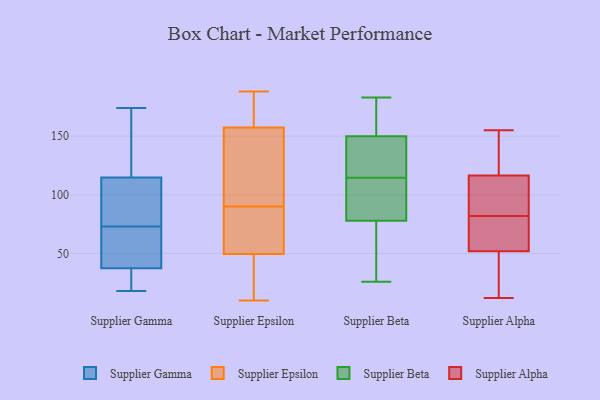
{"axis": {"x": "Shipments", "y": "Value"}, "legend": ["Supplier Alpha", "Supplier Beta", "Supplier Epsilon", "Supplier Gamma"], "data": [{"x": "", "y": 19, "type": "Supplier Gamma"}, {"x": "", "y": 172, "type": "Supplier Gamma"}, {"x": "", "y": 73, "type": "Supplier Gamma"}, {"x": "", "y": 51, "type": "Supplier Gamma"}, {"x": "", "y": 171, "type": "Supplier Gamma"}, {"x": "", "y": 104, "type": "Supplier Gamma"}, {"x": "", "y": 174, "type": "Supplier Gamma"}, {"x": "", "y": 60, "type": "Supplier Gamma"}, {"x": "", "y": 95, "type": "Supplier Gamma"}, {"x": "", "y": 31, "type": "Supplier Gamma"}, {"x": "", "y": 114, "type": "Supplier Gamma"}, {"x": "", "y": 81, "type": "Supplier Gamma"}, {"x": "", "y": 45, "type": "Supplier Gamma"}, {"x": "", "y": 115, "type": "Supplier Gamma"}, {"x": "", "y": 18, "type": "Supplier Gamma"}, {"x": "", "y": 132, "type": "Supplier Gamma"}, {"x": "", "y": 32, "type": "Supplier Gamma"}, {"x": "", "y": 67, "type": "Supplier Gamma"}, {"x": "", "y": 35, "type": "Supplier Gamma"}, {"x": "", "y": 164, "type": "Supplier Epsilon"}, {"x": "", "y": 55, "type": "Supplier Epsilon"}, {"x": "", "y": 172, "type": "Supplier Epsilon"}, {"x": "", "y": 57, "type": "Supplier Epsilon"}, {"x": "", "y": 177, "type": "Supplier Epsilon"}, {"x": "", "y": 38, "type": "Supplier Epsilon"}, {"x": "", "y": 188, "type": "Supplier Epsilon"}, {"x": "", "y": 44, "type": "Supplier Epsilon"}, {"x": "", "y": 146, "type": "Supplier Epsilon"}, {"x": "", "y": 91, "type": "Supplier Epsilon"}, {"x": "", "y": 87, "type": "Supplier Epsilon"}, {"x": "", "y": 35, "type": "Supplier Epsilon"}, {"x": "", "y": 10, "type": "Supplier Epsilon"}, {"x": "", "y": 70, "type": "Supplier Epsilon"}, {"x": "", "y": 186, "type": "Supplier Epsilon"}, {"x": "", "y": 139, "type": "Supplier Epsilon"}, {"x": "", "y": 93, "type": "Supplier Epsilon"}, {"x": "", "y": 151, "type": "Supplier Epsilon"}, {"x": "", "y": 89, "type": "Supplier Epsilon"}, {"x": "", "y": 11, "type": "Supplier Epsilon"}, {"x": "", "y": 140, "type": "Supplier Beta"}, {"x": "", "y": 77, "type": "Supplier Beta"}, {"x": "", "y": 158, "type": "Supplier Beta"}, {"x": "", "y": 131, "type": "Supplier Beta"}, {"x": "", "y": 100, "type": "Supplier Beta"}, {"x": "", "y": 142, "type": "Supplier Beta"}, {"x": "", "y": 118, "type": "Supplier Beta"}, {"x": "", "y": 79, "type": "Supplier Beta"}, {"x": "", "y": 171, "type": "Supplier Beta"}, {"x": "", "y": 26, "type": "Supplier Beta"}, {"x": "", "y": 87, "type": "Supplier Beta"}, {"x": "", "y": 183, "type": "Supplier Beta"}, {"x": "", "y": 168, "type": "Supplier Beta"}, {"x": "", "y": 62, "type": "Supplier Beta"}, {"x": "", "y": 111, "type": "Supplier Beta"}, {"x": "", "y": 60, "type": "Supplier Beta"}, {"x": "", "y": 38, "type": "Supplier Alpha"}, {"x": "", "y": 40, "type": "Supplier Alpha"}, {"x": "", "y": 154, "type": "Supplier Alpha"}, {"x": "", "y": 75, "type": "Supplier Alpha"}, {"x": "", "y": 104, "type": "Supplier Alpha"}, {"x": "", "y": 107, "type": "Supplier Alpha"}, {"x": "", "y": 89, "type": "Supplier Alpha"}, {"x": "", "y": 64, "type": "Supplier Alpha"}, {"x": "", "y": 126, "type": "Supplier Alpha"}, {"x": "", "y": 73, "type": "Supplier Alpha"}, {"x": "", "y": 12, "type": "Supplier Alpha"}, {"x": "", "y": 155, "type": "Supplier Alpha"}]}